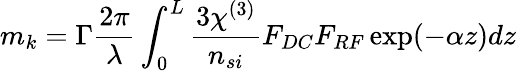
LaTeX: m_{k}=\Gamma\frac{2\pi}{\lambda}\int_{0}^{L}\frac{3\chi^{(3)}}{n_{si}}F_{DC}F_{RF}\exp(-\alpha z)dz